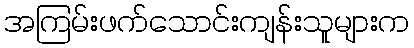
အကြမ်းဖက်သောင်းကျန်းသူများက